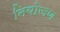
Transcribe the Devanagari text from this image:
नियोजण